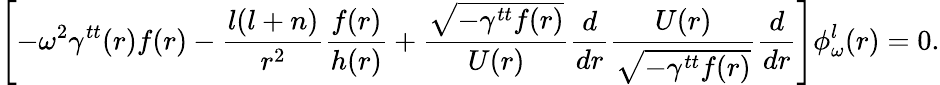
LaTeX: \left[-\omega^{2}\gamma^{tt}(r)f(r)-{\frac{l(l+n)}{r^{2}}}{\frac{f(r)}{h(r)}}+{\frac{\sqrt{-\gamma^{tt}f(r)}}{U(r)}}{\frac{d}{dr}}{\frac{U(r)}{\sqrt{-\gamma^{tt}f(r)}}}{\frac{d}{dr}}\right]\phi_{\omega}^{l}(r)=0.